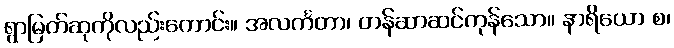
ရွာမြတ်ဆုကိုလည်းကောင်း။ အလင်္ကတာ၊ တန်ဆာဆင်ကုန်သော။ နာရိယော စ၊